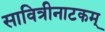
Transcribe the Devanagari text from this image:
सावित्रीनाटकम्